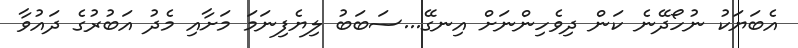
އެބަޔަކު ނުހޯދޭނެ ކަން ދިވެހިންނަށް އިނގޭ...ސަބަބު ލިޔެފިނަމަ މަށާއި މެދު އަބުރުގެ ދައުވާ